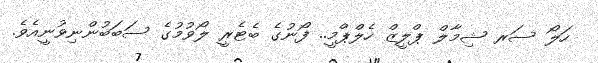
ހަލޯ ސަރ ޝިމާލް ޕްލީޒް ހެލްޕްމީ.. ފޯނުގެ ބެޓެރީ ލޯވުމުގެ ސަބަބުންނިވުނީއެވެ.